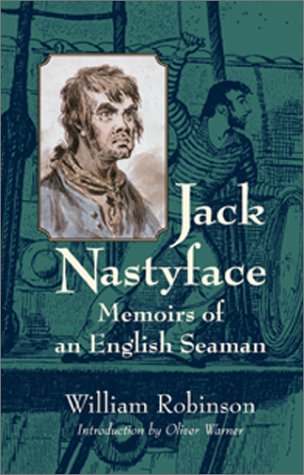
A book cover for Jack Nastyface: Memoirs of an English Seaman (Bluejacket Books); William Robinson; History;